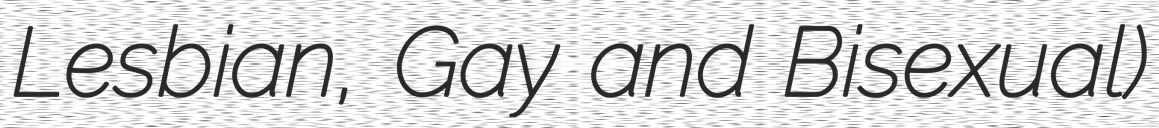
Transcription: Lesbian, Gay and Bisexual)